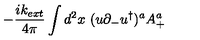
- { \frac { i k _ { e x t } } { 4 \pi } } \int d ^ { 2 } x \ ( u \partial _ { - } u ^ { \dagger } ) ^ { a } A _ { + } ^ { a }